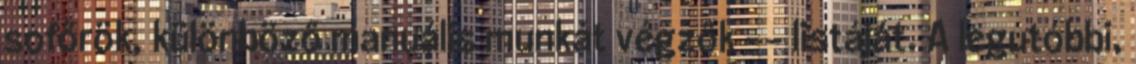
sofőrök, különböző manuális munkát végzők -- listáját. A legutóbbi,